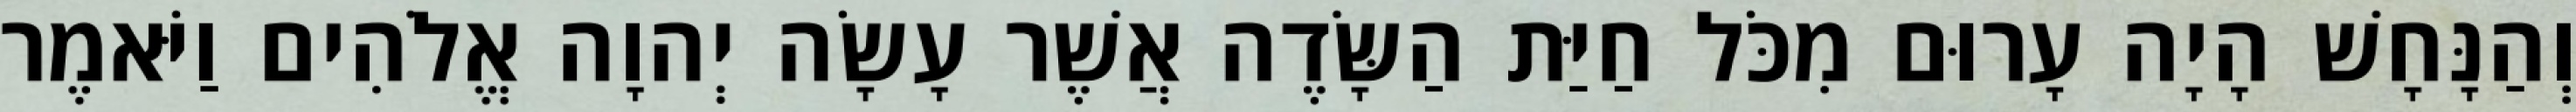
וְהַנָּחָשׁ הָיָה עָרוּם מִכֹּל חַיַּת הַשָּׂדֶה אֲשֶׁר עָשָׂה יְהוָה אֱלֹהִים וַיֹּאמֶר